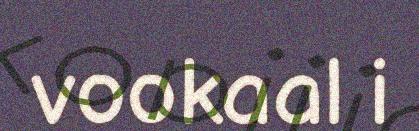
vookaal i